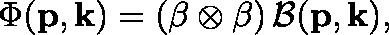
\Phi ( \mathbf { p } , \mathbf { k } ) = \left( \mathbf { \beta } \otimes \beta \right) \mathcal { B } ( \mathbf { p } , \mathbf { k } ) ,